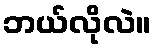
ဘယ်လိုလဲ။